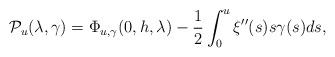
LaTeX: \begin{align*}\mathcal{P}_u(\lambda,\gamma)=\Phi_{u,\gamma}(0,h,\lambda)-\frac{1}{2}\int_0^u\xi''(s)s\gamma(s) ds,\end{align*}